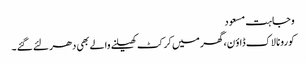
وجاہت مسعود
کورونا لاک ڈاؤ ن،گھر میں کرکٹ کھیلنے والے بھی دھر لئے گئے ۔